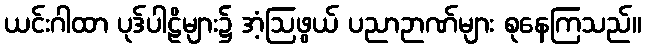
ယင်းဂါထာ ပုဒ်ပါဠိများ၌ အံ့ဩဖွယ် ပညာဉာဏ်များ စုနေကြသည်။